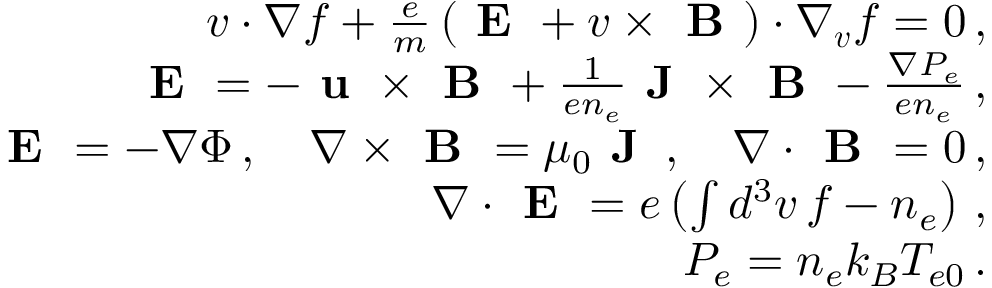
\begin{array} { r l r } & { } & { \boldsymbol { v } \cdot \nabla f + \frac { e } { m } \left( \textbf { E } + \boldsymbol { v } \times \textbf { B } \right) \cdot \nabla _ { \boldsymbol { v } } f = 0 \, , } \\ & { } & { \textbf { E } = - \textbf { u } \times \textbf { B } + \frac { 1 } { e n _ { e } } \textbf { J } \times \textbf { B } - \frac { \nabla P _ { e } } { e n _ { e } } \, , } \\ & { } & { \textbf { E } = - \nabla \Phi \, , \quad \nabla \times \textbf { B } = \mu _ { 0 } \textbf { J } \, , \quad \nabla \cdot \textbf { B } = 0 \, , } \\ & { } & { \nabla \cdot \textbf { E } = e \left( \int d ^ { 3 } v \, f - n _ { e } \right) \, , } \\ & { } & { P _ { e } = n _ { e } k _ { B } T _ { e 0 } \, . } \end{array}